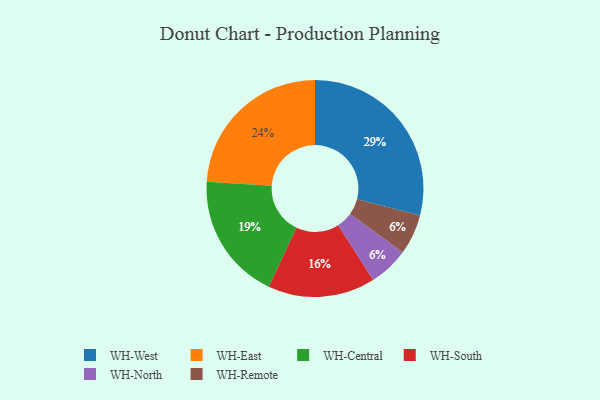
{"axis": {"x": "Category", "y": "Percentage"}, "legend": ["WH-Central", "WH-East", "WH-North", "WH-Remote", "WH-South", "WH-West"], "data": [{"x": "WH-Central", "y": 19, "type": "WH-Central"}, {"x": "WH-South", "y": 16, "type": "WH-South"}, {"x": "WH-West", "y": 29, "type": "WH-West"}, {"x": "WH-North", "y": 6, "type": "WH-North"}, {"x": "WH-East", "y": 24, "type": "WH-East"}, {"x": "WH-Remote", "y": 6, "type": "WH-Remote"}]}